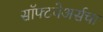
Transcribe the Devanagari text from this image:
सॉफ्टवेअर्सचा